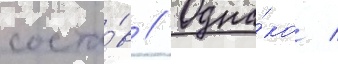
соста́в // Одна́ко /